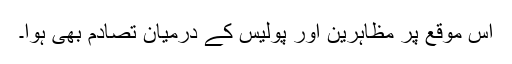
اس موقع پر مظاہرین اور پولیس کے درمیان تصادم بھی ہوا۔